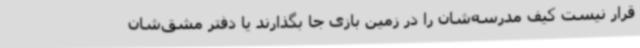
قرار نیست کیف مدرسه‌شان را در زمین بازی جا بگذارند یا دفتر مشق‌شان